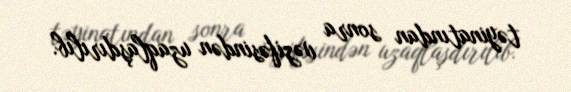
təyinatından sonra vəzifəsindən uzaqlaşdırılıb.